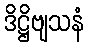
ဒိဋ္ဌိဗျသနံ